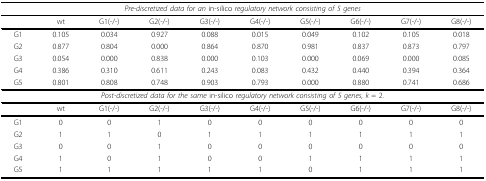
<table><thead><tr><td colspan="10"><b><i>Pre-discretized data for an</i> in-silico <i>regulatory network consisting of 5 genes</i></b></td></tr></thead><tbody><tr><td></td><td>wt</td><td>G1(-/-)</td><td>G2(-/-)</td><td>G3(-/-)</td><td>G4(-/-)</td><td>G5(-/-)</td><td>G6(-/-)</td><td>G7(-/-)</td><td>G8(-/-)</td></tr><tr><td>G1</td><td>0.105</td><td>0.034</td><td>0.927</td><td>0.088</td><td>0.015</td><td>0.049</td><td>0.102</td><td>0.105</td><td>0.018</td></tr><tr><td>G2</td><td>0.877</td><td>0.804</td><td>0.000</td><td>0.864</td><td>0.870</td><td>0.981</td><td>0.837</td><td>0.873</td><td>0.797</td></tr><tr><td>G3</td><td>0.054</td><td>0.000</td><td>0.838</td><td>0.000</td><td>0.103</td><td>0.000</td><td>0.069</td><td>0.000</td><td>0.085</td></tr><tr><td>G4</td><td>0.386</td><td>0.310</td><td>0.611</td><td>0.243</td><td>0.083</td><td>0.432</td><td>0.440</td><td>0.394</td><td>0.364</td></tr><tr><td>G5</td><td>0.801</td><td>0.808</td><td>0.748</td><td>0.903</td><td>0.793</td><td>0.000</td><td>0.880</td><td>0.741</td><td>0.686</td></tr><tr><td colspan="10"><i>Post-discretized data for the same</i> in-silico <i>regulatory network consisting of 5 genes, k</i> = 2.</td></tr><tr><td></td><td>wt</td><td>G1(-/-)</td><td>G2(-/-)</td><td>G3(-/-)</td><td>G4(-/-)</td><td>G5(-/-)</td><td>G6(-/-)</td><td>G7(-/-)</td><td>G8(-/-)</td></tr><tr><td>G1</td><td>0</td><td>0</td><td>1</td><td>0</td><td>0</td><td>0</td><td>0</td><td>0</td><td>0</td></tr><tr><td>G2</td><td>1</td><td>1</td><td>0</td><td>1</td><td>1</td><td>1</td><td>1</td><td>1</td><td>1</td></tr><tr><td>G3</td><td>0</td><td>0</td><td>1</td><td>0</td><td>0</td><td>0</td><td>0</td><td>0</td><td>0</td></tr><tr><td>G4</td><td>1</td><td>0</td><td>1</td><td>0</td><td>0</td><td>1</td><td>1</td><td>1</td><td>1</td></tr><tr><td>G5</td><td>1</td><td>1</td><td>1</td><td>1</td><td>1</td><td>0</td><td>1</td><td>1</td><td>1</td></tr></tbody></table>